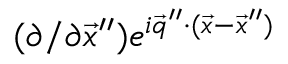
( \partial / \partial \vec { x } ^ { \prime \prime } ) e ^ { i \vec { q } ^ { \prime \prime } \cdot ( \vec { x } - \vec { x } ^ { \prime \prime } ) }